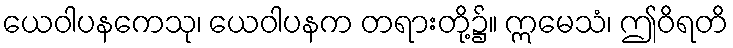
ယေဝါပနကေသု၊ ယေဝါပနက တရားတို့၌။ ဣမေသံ၊ ဤဝိရတိ